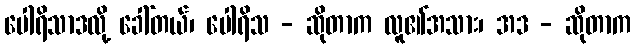
ပေါရိသာဒလို့ ခေါ်တယ်၊ ပေါရိသ - ဆိုတာက လူ၏အသား၊ အဒ - ဆိုတာက